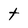
Character: t